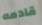
قادمه